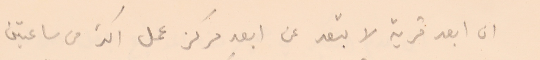
ان ابعد قرية لا تبعد عن ابعد مركز عمل اكثر من ساعتين